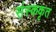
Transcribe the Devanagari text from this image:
संस्ककृत